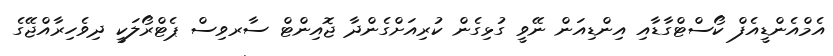
އެމްއެންޑީއެފް ކޯސްޓްގާޑާއި އިންޑިއަން ނޭވީ ގުޅިގެން ކުރިއަށްގެންދާ ޖޮއިންޓް ސާރވިސް ޕެޓްރޯލަކީ ދިވެހިރާއްޖޭގެ